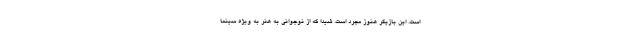
است. این بازیگر هنوز مجرد است. شیدا که از نوجوانی به هنر به ویژه سینما